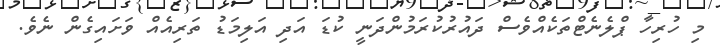
މި ހުރިހާ ޕްލެނެޓްތަކެއްވެސް ދައުރުކުރަމުންދަނީ ކުޑަ އަދި އަލިމަޑު ތަރިއެއް ވަށައިގެން ނެވެ.